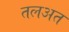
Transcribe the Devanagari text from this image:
तलअत